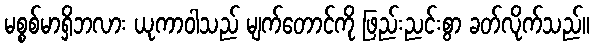
မစ္စစ်မာရှိဘလား ယုကာဝါသည် မျက်တောင်ကို ဖြည်းညင်းစွာ ခတ်လိုက်သည်။